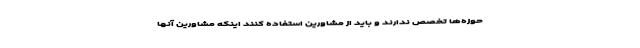
حوزه‌ها تخصص ندارند و باید از مشاورین استفاده کنند اینکه مشاورین آنها